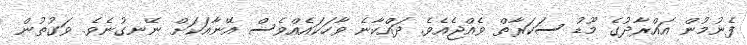
ފެނުމުން އައްރާދުގެ މޫޑު ސަކަރާތް ވެއްޖެއެވެ. ދައްކާނެ ވާހަކައެއްވެސް އޭނާއަކަށް ނޭނގުނެވެ. ވަގުތުން